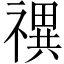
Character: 禩